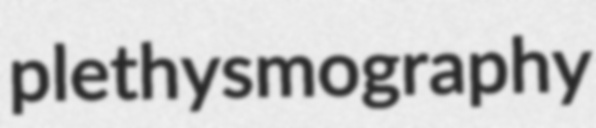
plethysmography